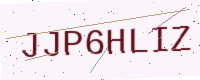
Text: JJP6HLIZ